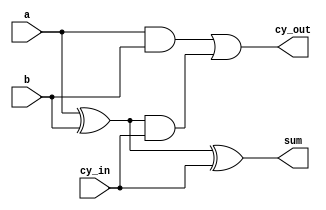
`timescale 1ns / 1ps
//////////////////////////////////////////////////////////////////////////////////
// Company: 
// Engineer: 
// 
// Design Name: 
// Module Name:    single_bit_full_adder 
// Project Name: 
// Target Devices: 
// Tool versions: 
// Description: 
//
// Dependencies: 
//
// Revision: 
// Revision 0.01 - File Created
// Additional Comments: 
//
//////////////////////////////////////////////////////////////////////////////////
module single_bit_full_adder(
    input a,
    input b,
    input cy_in,
    output sum,
    output cy_out
    );
	 assign sum = a^b^cy_in;
	 assign cy_out = (a&b) | ((a^b)&cy_in) ;
endmodule